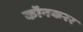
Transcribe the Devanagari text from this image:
कॉनकरर